Annual report of the Bengal Veterinary College and of the Civil Veterinary Department, Bengal, for the year 1915-16 - 1915-1916
Year: 1915
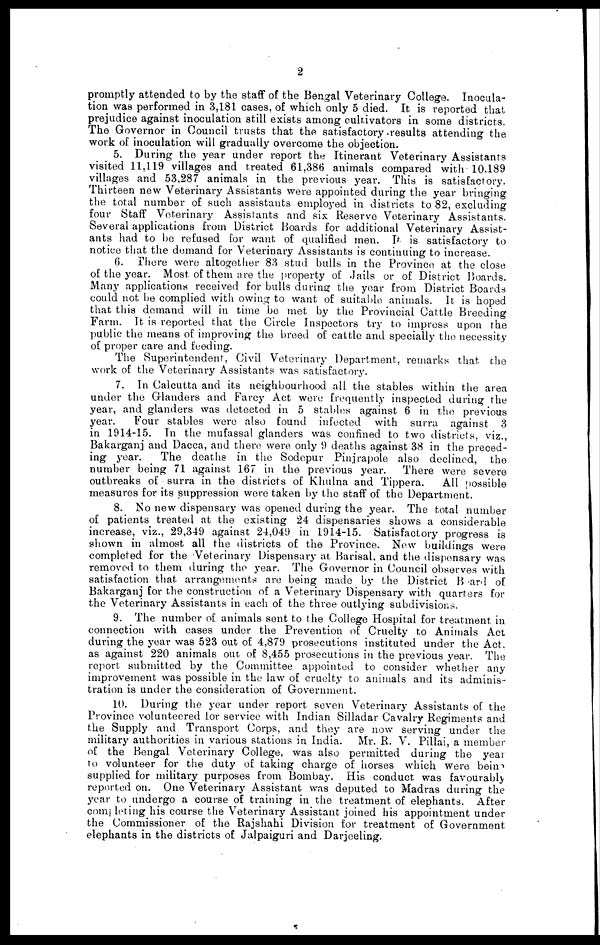
2
promptly attended to by the staff of the Bengal Veterinary College. Inocula-
tion was performed in 3,181 oases, of which only 5 died. It is reported that
prejudice against inoculation still exists among cultivators in some districts.
The Governor in Council trusts that the satisfactory results attending the
work of inoculation will gradually overcome the objection.
5. During the year under report the Itinerant Veterinary Assistants
visited 11,119 villages and treated 61,386 animals compared with 10.189
villages and 53,287 animals in the previous year. This is satisfactory.
Thirteen new Veterinary Assistants were appointed during the year bringing
the total number of such assistants employed in districts to 82, excluding
four Staff Veterinary Assistants and six Reserve Veterinary Assistants.
Several applications from District Boards for additional Veterinary Assist-
ants had to be refused for want of qualified men. It is satisfactory to
notice that the demand for Veterinary Assistants is continuing to increase.
6. There were altogether 83 stud bulls in the Province at the close
of the year. Most of them are the property of Jails or of District Boards.
Many applications received for bulls during the year from District Boards
could not be complied with owing to want of suitable animals. It is hoped
that this demand will in time be met by the Provincial Cattle Breeding
Farm. It is reported that the Circle Inspectors try to impress upon the
public the means of improving the breed of cattle and specially the necessity
of proper care and feeding.
The Superintendent, Civil Veterinary Department, remarks that the
work of the Veterinary Assistants was satisfactory.
7. In Calcutta and its neighbourhood all the stables within the area
under the Glanders and Farcy Act were frequently inspected during the
year, and glanders was detected in 5 stables against 6 in the previous
year.
Four stables were also found infected with surra against 3
in 1914-15. In the mufassal glanders was confined to two districts, viz.,
Bakarganj and Dacca, and there were only 9 deaths against 38 in the preced-
ing year.
The deaths in the Sodepur Pinjrapole also declined, the
number being 71 against 167 in the previous year. There were severe
outbreaks of surra in the districts of Khulna and Tippera.
All possible
measures for its suppression were taken by the staff of the Department.
8. No new dispensary was opened during the year. The total number
of patients treated at the existing 24 dispensaries shows a considerable
increase, viz., 29,349 against 24,049 in 1914-15. Satisfactory progress is
shown in almost all the districts of the Province. New buildings were
completed for the Veterinary Dispensary at Barisal, and the dispensary was
removed to them during the year. The Governor in Council observes with
satisfaction that arrangements are being made by the District Board of
Bakarganj for the construction of a Veterinary Dispensary with quarters for
the Veterinary Assistants in each of the three outlying subdivisions.
9. The number of animals sent to the College Hospital for treatment in
connection with cases under the Prevention of Cruelty to Animals Act
during the year was 523 out of 4,879 prosecutions instituted under the Act,
as against 220 animals out of 8,455 prosecutions in the previous year. The
report submitted by the Committee appointed to consider whether any
improvement was possible in the law of cruelty to animals and its adminis-
tration is under the consideration of Government.
10. During the year under report seven Veterinary Assistants of the
Province volunteered lor service with Indian Silladar Cavalry Regiments and
the Supply and Transport Corps, and they are now serving under the
military authorities in various stations in India. Mr. R. V. Pillai, a member
of the Bengal Veterinary College, was also permitted during the year
to volunteer for the duty of taking charge of horses which were being
supplied for military purposes from Bombay. His conduct was favourably
reported on. One Veterinary Assistant was deputed to Madras during the
year to undergo a course of training in the treatment of elephants. After
completing his course the Veterinary Assistant joined his appointment under
the Commissioner of the Rajshahi Division for treatment of Government
elephants in the districts of Jalpaiguri and Darjeeling.